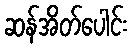
ဆန်အိတ်ပေါင်း